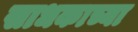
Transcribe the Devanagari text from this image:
साधकाच्या